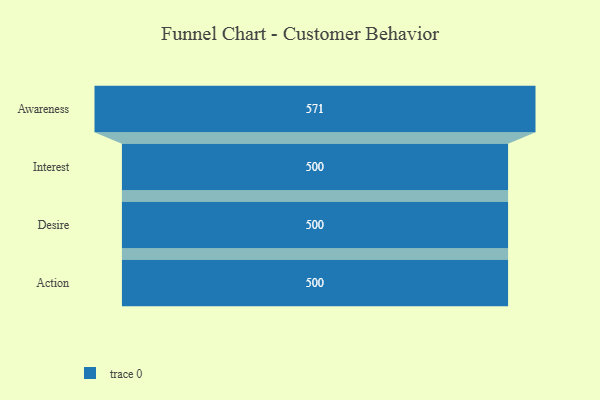
{"axis": {"x": "Stage", "y": "Value"}, "legend": [""], "data": [{"x": "Awareness", "y": 571.0, "type": ""}, {"x": "Interest", "y": 500, "type": ""}, {"x": "Desire", "y": 500, "type": ""}, {"x": "Action", "y": 500, "type": ""}]}